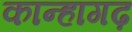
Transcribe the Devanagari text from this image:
कान्हागढ़